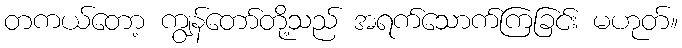
တကယ်တော့ ကျွန်တော်တို့သည် အရက်သောက်ကြခြင်း မဟုတ်။